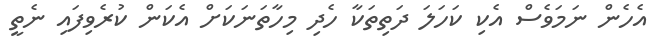
އެހެން ނަމަވެސް އެކި ކަހަލަ ދަތިތަކާ ހެދި މިހާތަނަކަށް އެކަން ކުރެވިފައި ނެތީ